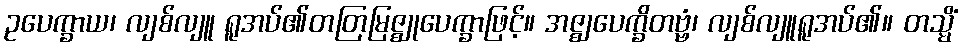
ဥပေက္ခာယ၊ လျစ်လျူ ရူအပ်၏တတြမြဇ္ဈုပေက္ခာဖြင့်။ အဇ္ဈပေက္ခိတဗ္ဗံ၊ လျစ်လျူရူအပ်၏။ တသ္မိံ